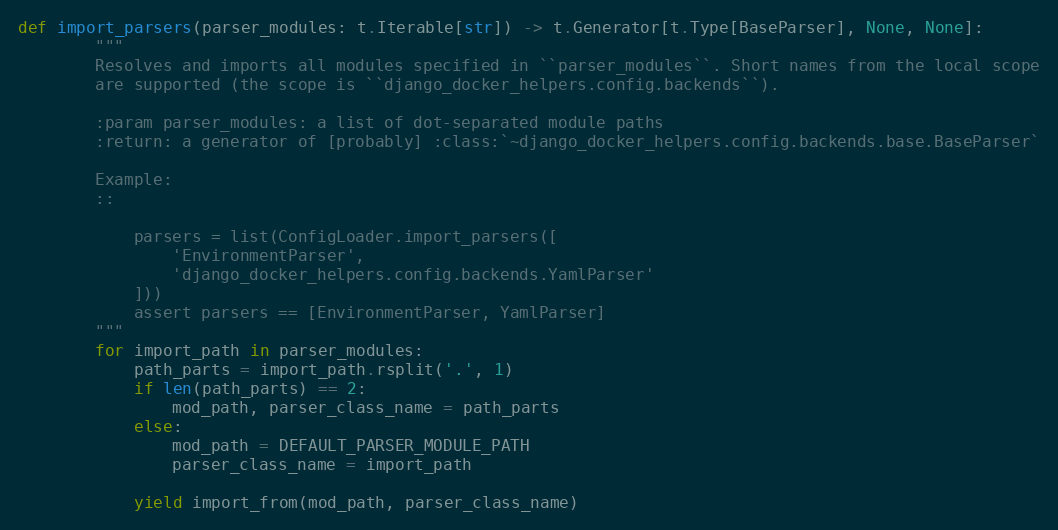
Language: Python
def import_parsers(parser_modules: t.Iterable[str]) -> t.Generator[t.Type[BaseParser], None, None]:
        """
        Resolves and imports all modules specified in ``parser_modules``. Short names from the local scope
        are supported (the scope is ``django_docker_helpers.config.backends``).

        :param parser_modules: a list of dot-separated module paths
        :return: a generator of [probably] :class:`~django_docker_helpers.config.backends.base.BaseParser`

        Example:
        ::

            parsers = list(ConfigLoader.import_parsers([
                'EnvironmentParser',
                'django_docker_helpers.config.backends.YamlParser'
            ]))
            assert parsers == [EnvironmentParser, YamlParser]
        """
        for import_path in parser_modules:
            path_parts = import_path.rsplit('.', 1)
            if len(path_parts) == 2:
                mod_path, parser_class_name = path_parts
            else:
                mod_path = DEFAULT_PARSER_MODULE_PATH
                parser_class_name = import_path

            yield import_from(mod_path, parser_class_name)